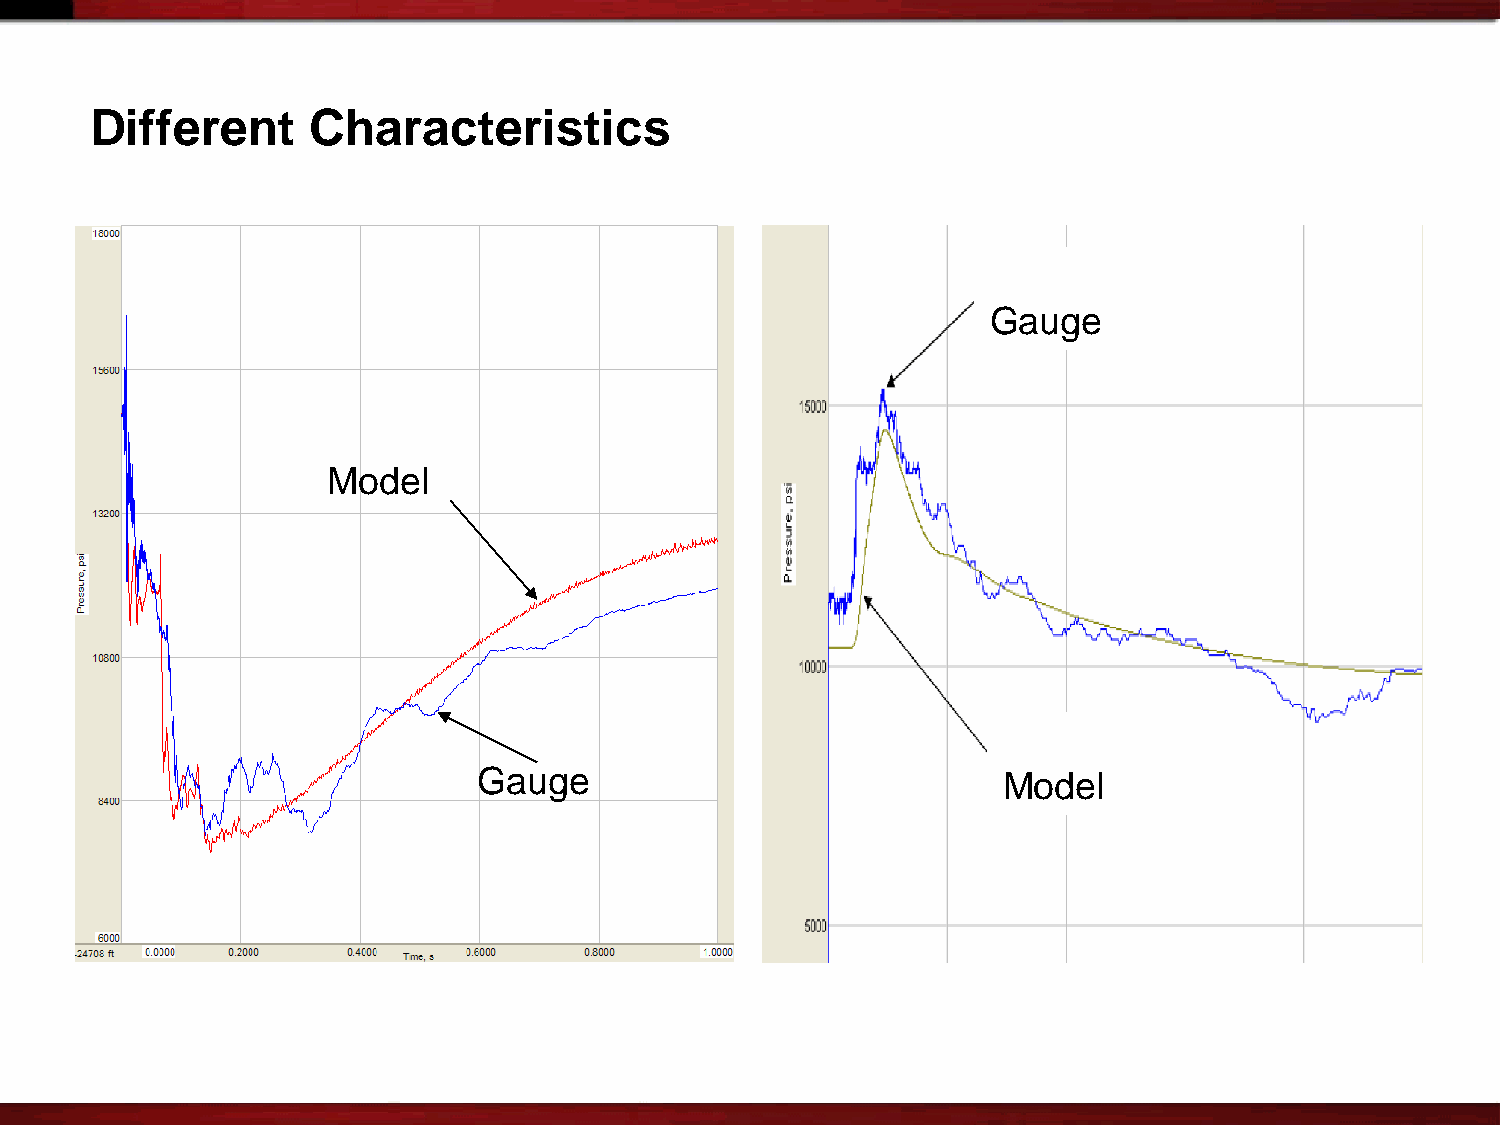
Different     Characteristics
 Gauge
 Model
 Gauge                             Model